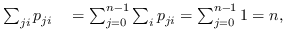
\begin{array} { r l } { \sum _ { j i } p _ { j i } } & { { } = \sum _ { j = 0 } ^ { n - 1 } \sum _ { i } p _ { j i } = \sum _ { j = 0 } ^ { n - 1 } 1 = n , } \end{array}